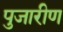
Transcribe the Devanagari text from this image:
पुजारीण